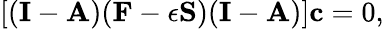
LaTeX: [(\mathbf{I}-\mathbf{A})(\mathbf{F}-\epsilon\mathbf{S})(\mathbf{I}-\mathbf{A})]\mathbf{c}=0,